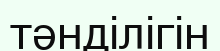
тәнділігін